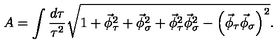
A = \int \frac { d \tau } { \tau ^ { 2 } } \sqrt { { 1 + \vec { \phi } _ { \tau } ^ { 2 } + \vec { \phi } _ { \sigma } ^ { 2 } + \vec { \phi } _ { \tau } ^ { 2 } \vec { \phi } _ { \sigma } ^ { 2 } - \left( \vec { \phi } _ { \tau } \vec { \phi } _ { \sigma } \right) ^ { 2 } } } .